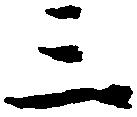
三